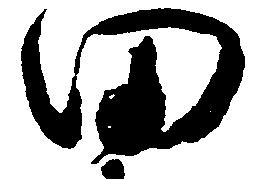
田